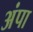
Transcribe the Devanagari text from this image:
अंपा